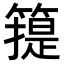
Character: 𥳳